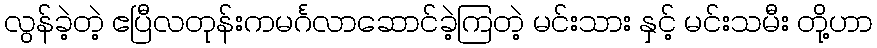
လွန်ခဲ့တဲ့ ဧပြီလတုန်းကမင်္ဂလာဆောင်ခဲ့ကြတဲ့ မင်းသား နှင့် မင်းသမီး တို့ဟာ